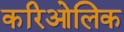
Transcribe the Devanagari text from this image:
करिओलिक